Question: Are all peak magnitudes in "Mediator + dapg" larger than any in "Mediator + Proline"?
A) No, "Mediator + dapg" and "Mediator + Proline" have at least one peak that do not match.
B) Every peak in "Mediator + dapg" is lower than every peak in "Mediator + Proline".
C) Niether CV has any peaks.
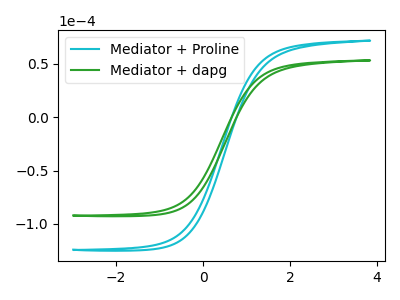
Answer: <think>The cyan curve "Mediator + Proline" has no peaks. The green curve "Mediator + dapg" has no peaks.</think>
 <answer>C) Niether CV has any peaks.</answer>
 <eval>C</eval>